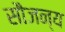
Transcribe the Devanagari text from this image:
सौजन्‍य